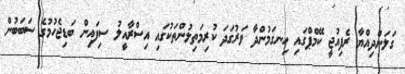
ގަލަންދިއްޔާ ރެފިއުޖީ ކޭމްޕްގައި ހިނގަމުންދާ ވަރުގަދަ ކުރިމަތިލުންތަކުގައި އިސްރާއީލު ސިފައިން ބަޑިޖެހުމުގެ ސަބަބުން